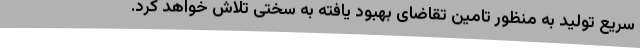
سریع تولید به منظور تامین تقاضای بهبود یافته به سختی تلاش خواهد کرد.